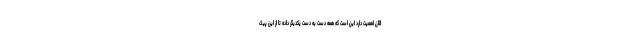
الان اهمیت دارد این است که همه دست به دست یکدیگر داده تا از این پیک